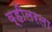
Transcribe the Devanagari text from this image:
व्हीलरला